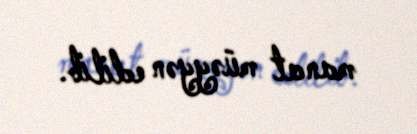
manat müəyyən edilib.